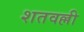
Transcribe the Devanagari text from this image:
शतवल्ली